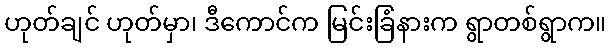
ဟုတ်ချင် ဟုတ်မှာ၊ ဒီကောင်က မြင်းခြံနားက ရွာတစ်ရွာက။